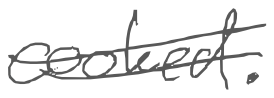
Text: cooked.
Cross-out: double-line
Writing tool: digital_gray